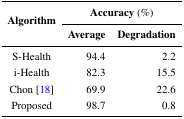
<table><thead><tr><td rowspan="2"><b>Algorithm</b></td><td colspan="2"><b>Accuracy (%)</b></td></tr><tr><td><b>Average</b></td><td><b>Degradation</b></td></tr></thead><tbody><tr><td>S-Health</td><td>94.4</td><td>2.2</td></tr><tr><td>i-Health</td><td>82.3</td><td>15.5</td></tr><tr><td>Chon [18]</td><td>69.9</td><td>22.6</td></tr><tr><td>Proposed</td><td>98.7</td><td>0.8</td></tr></tbody></table>